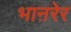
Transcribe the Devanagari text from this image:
भाऩरेर